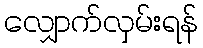
လျှောက်လှမ်းရန်